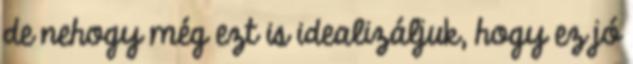
de nehogy még ezt is idealizáljuk, hogy ez jó